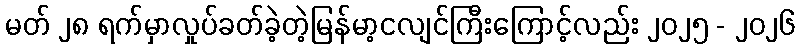
မတ် ၂၈ ရက်မှာလှုပ်ခတ်ခဲ့တဲ့မြန်မာ့ငလျင်ကြီးကြောင့်လည်း ၂၀၂၅ - ၂၀၂၆